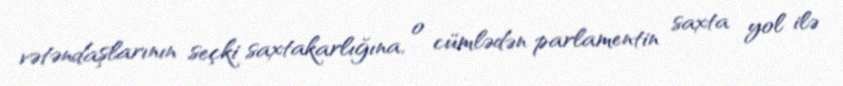
vətəndaşlarının seçki saxtakarlığına, o cümlədən parlamentin saxta yol ilə